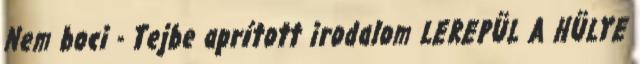
Nem boci - Tejbe aprított irodalom LEREPÜL A HÜLYE